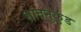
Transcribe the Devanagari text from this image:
शांतनुकुंड